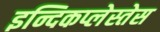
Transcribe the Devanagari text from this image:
इन्दिकप्लेस्तेस